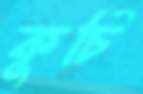
কুর্চি